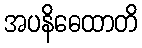
အပနိဓေထာတိ